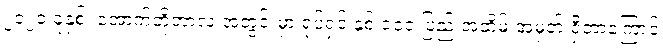
၂၀၂၀ ခုနှစ်၊ အောက်တိုဘာလ အတွင်းမှာ ရုပ်ရှင် နှစ် ၁၀၀ ပြည့် အထိမ်းအမှတ် ရှိတာကြောင့်